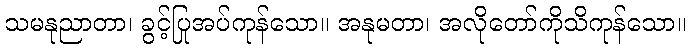
သမနုညာတာ၊ ခွင့်ပြုအပ်ကုန်သော။ အနုမတာ၊ အလိုတော်ကိုသိကုန်သော။